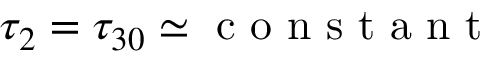
\tau _ { 2 } = \tau _ { 3 0 } \simeq \mathrm { ~ c ~ o ~ n ~ s ~ t ~ a ~ n ~ t ~ }